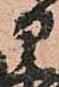
部